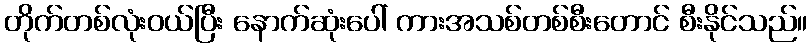
တိုက်တစ်လုံးဝယ်ပြီး နောက်ဆုံးပေါ် ကားအသစ်တစ်စီးတောင် စီးနိုင်သည်။